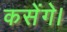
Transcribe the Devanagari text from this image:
कसेंगे।